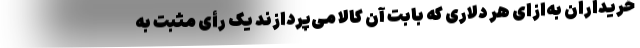
خریداران به‌ازای هر دلاری که بابت آن کالا می‌پردازند یک رأی مثبت به